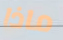
ماذا